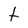
Character: t